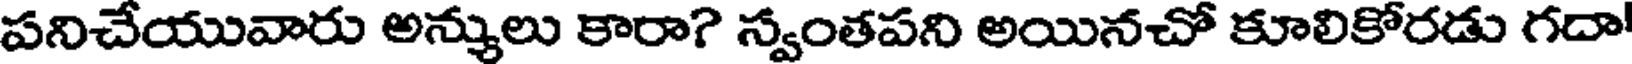
పనిచేయువారు అన్యులు కారా? స్వంతపని అయినచో కూలికోరడు గదా